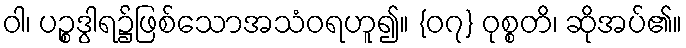
ဝါ၊ ပဉ္စဒွါရ၌ဖြစ်သောအသံဝရဟူ၍။ {၀၇} ဝုစ္စတိ၊ ဆိုအပ်၏။